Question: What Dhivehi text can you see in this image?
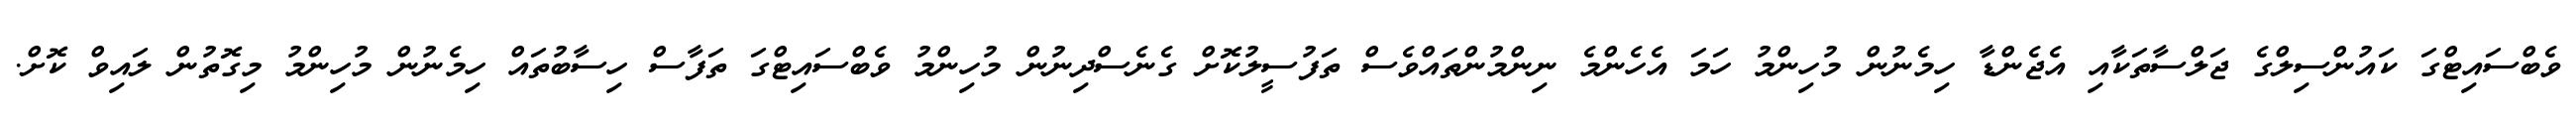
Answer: ވެބްސައިޓްގަ ކައުންސިލްގެ ޖަލްސާތަކާއި އެޖެންޑާ ހިމެނުން މުހިންމު ހަމަ އެހެންމެ ނިންމުންތައްވެސް ތަފުސީލުކޮށް ގެނެސްދިނުން މުހިންމު ވެބްސައިޓްގަ ތަފާސް ހިސާބުތައް ހިމެނުން މުހިންމު މިގޮތުން ލައިވް ކޮށް.